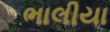
ભાલીયા